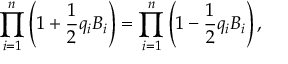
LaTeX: \prod _ { i = 1 } ^ { n } \left( 1 + { \frac { 1 } { 2 } } q _ { i } B _ { i } \right) = \prod _ { i = 1 } ^ { n } \left( 1 - { \frac { 1 } { 2 } } q _ { i } B _ { i } \right) ,